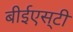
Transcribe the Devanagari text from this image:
बीईएस्‌टी